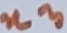
Text: n3